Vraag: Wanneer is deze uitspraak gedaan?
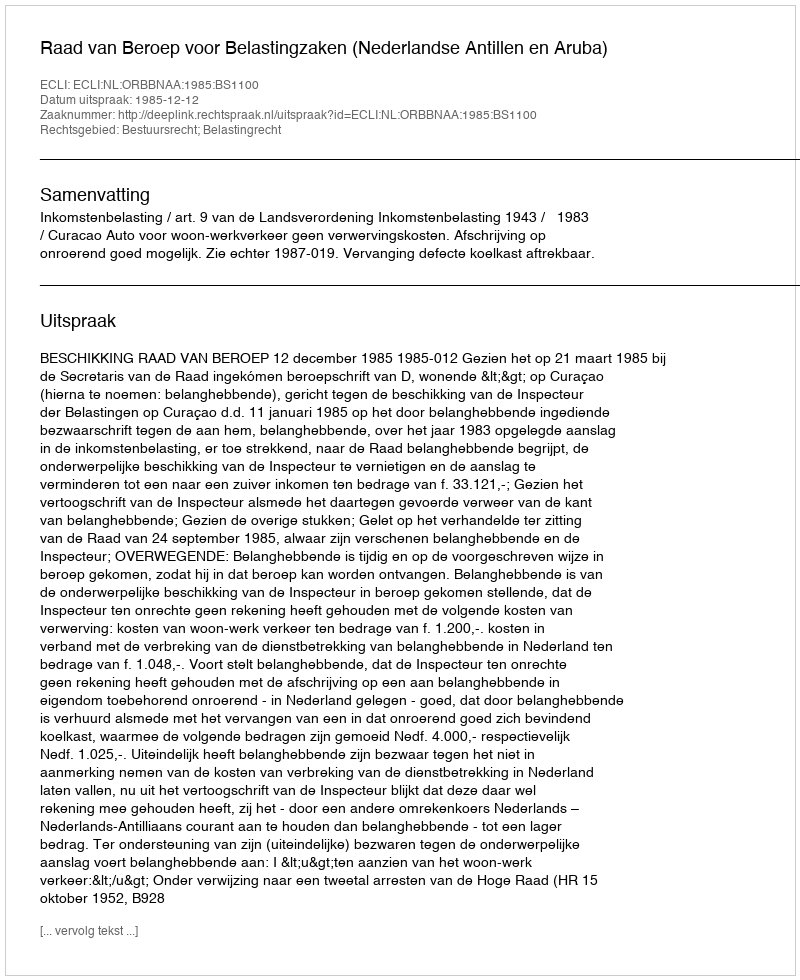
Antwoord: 1985-12-12